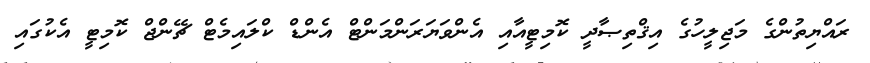
ރައްޔިތުންގެ މަޖިލީހުގެ އިޤްތިޞާދީ ކޮމިޓީއާއި އެންވަޔަރަންމަންޓް އެންޑް ކްލައިމެޓް ޗޭންޖް ކޮމިޓީ އެކުގައި